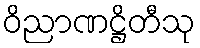
ဝိညာဏဋ္ဌိတီသု